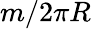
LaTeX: m/2\pi R